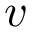
v